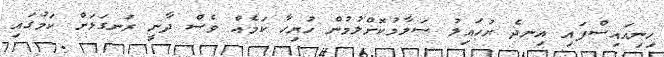
ހިނިއައިސްފައި އިނދެ ރުހައިލު ސަލާމުކޮށްލުމުން ހުރިހާ ކަމެއް ވެސް ދާނީ ރަނގަޅަށް ކަމުގައި